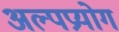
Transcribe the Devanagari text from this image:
अल्पप्रयोग